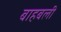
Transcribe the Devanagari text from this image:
बाहबली